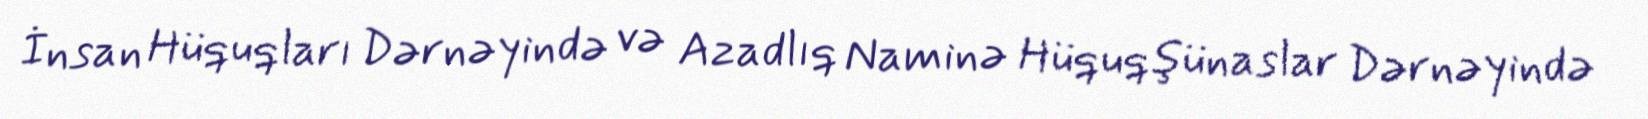
İnsan Hüquqları Dərnəyində və Azadlıq Naminə Hüquqşünaslar Dərnəyində